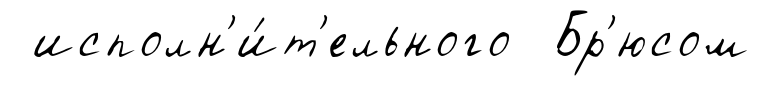
исполн'и́т'ельного Бр'юсом